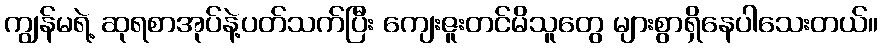
ကျွန်မရဲ့ ဆုရစာအုပ်နဲ့ပတ်သက်ပြီး ကျေးဇူးတင်မိသူတွေ များစွာရှိနေပါသေးတယ်။